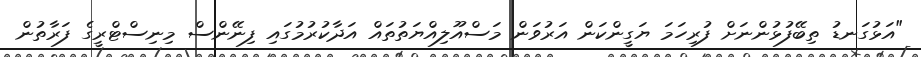
"އަޅުގަނޑު ތިބޭފުޅުންނަށް ފުރިހަމަ ޔަގީންކަން އަރުވަން މަސްއޫލިއްޔަތުތައް އަދާކުރުމުގައި ފިނޭންސް މިނިސްޓްރީގެ ފަރާތުން